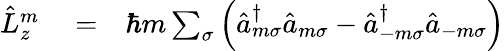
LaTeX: \begin{array}{rlr}{\hat{L}_{z}^{m}}&{{}=}&{\hbar m\sum_{\sigma}\left(\hat{a}_{m\sigma}^{\dagger}\hat{a}_{m\sigma}-\hat{a}_{-m\sigma}^{\dagger}\hat{a}_{-m\sigma}\right)}\end{array}